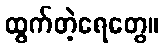
ထွက်တဲ့ရေတွေ။